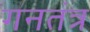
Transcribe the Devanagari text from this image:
गनतंत्र